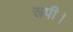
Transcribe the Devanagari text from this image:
रूपी।